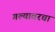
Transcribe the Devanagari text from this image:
गल्यावरचा